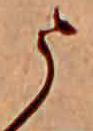
う